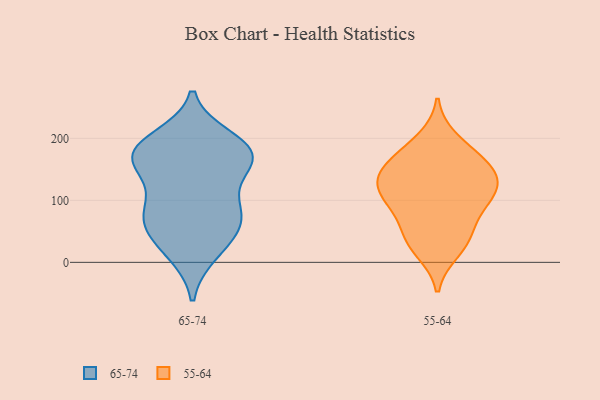
{"axis": {"x": "Operating Costs (USD K)", "y": "Value"}, "legend": ["55-64", "65-74"], "data": [{"x": "", "y": 59, "type": "65-74"}, {"x": "", "y": 160, "type": "65-74"}, {"x": "", "y": 160, "type": "65-74"}, {"x": "", "y": 189, "type": "65-74"}, {"x": "", "y": 84, "type": "65-74"}, {"x": "", "y": 173, "type": "65-74"}, {"x": "", "y": 199, "type": "65-74"}, {"x": "", "y": 174, "type": "65-74"}, {"x": "", "y": 79, "type": "65-74"}, {"x": "", "y": 183, "type": "65-74"}, {"x": "", "y": 72, "type": "65-74"}, {"x": "", "y": 110, "type": "65-74"}, {"x": "", "y": 15, "type": "65-74"}, {"x": "", "y": 58, "type": "65-74"}, {"x": "", "y": 22, "type": "65-74"}, {"x": "", "y": 161, "type": "65-74"}, {"x": "", "y": 119, "type": "55-64"}, {"x": "", "y": 38, "type": "55-64"}, {"x": "", "y": 64, "type": "55-64"}, {"x": "", "y": 111, "type": "55-64"}, {"x": "", "y": 198, "type": "55-64"}, {"x": "", "y": 88, "type": "55-64"}, {"x": "", "y": 102, "type": "55-64"}, {"x": "", "y": 149, "type": "55-64"}, {"x": "", "y": 145, "type": "55-64"}, {"x": "", "y": 165, "type": "55-64"}, {"x": "", "y": 173, "type": "55-64"}, {"x": "", "y": 117, "type": "55-64"}, {"x": "", "y": 139, "type": "55-64"}, {"x": "", "y": 35, "type": "55-64"}, {"x": "", "y": 19, "type": "55-64"}]}